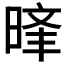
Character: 𣈝